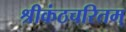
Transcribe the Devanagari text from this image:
श्रीकंठचरितम्